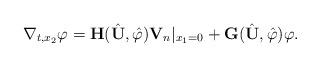
LaTeX: \begin{align*}\nabla_{t,x_2}\varphi=\mathbf{H}(\hat{{\mathbf U}},\hat{\varphi}){\mathbf V}_n|_{x_1=0}+\mathbf{G}(\hat{{\mathbf U}},\hat{\varphi})\varphi.\end{align*}